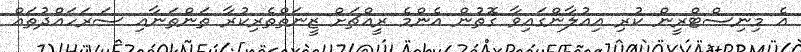
އެ މިނިސްޓްރީން ކުރި އިއުލާންގައިވާ ގޮތުން އެންމެ ރީއްޗަށް ޒީނަތްތެރިކުރާ ތަންތަނާއި ސަރަހައްދުތައް